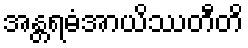
အန္တရဓံအာယိဿတီတိ